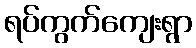
ရပ်ကွက်ကျေးရွာ